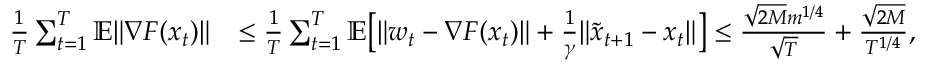
\begin{array} { r l } { \frac { 1 } { T } \sum _ { t = 1 } ^ { T } \mathbb { E } \| \nabla F ( x _ { t } ) \| } & { \leq \frac { 1 } { T } \sum _ { t = 1 } ^ { T } \mathbb { E } \big [ \| w _ { t } - \nabla F ( x _ { t } ) \| + \frac { 1 } { \gamma } \| \tilde { x } _ { t + 1 } - x _ { t } \| \big ] \leq \frac { \sqrt { 2 M } m ^ { 1 / 4 } } { \sqrt { T } } + \frac { \sqrt { 2 M } } { T ^ { 1 / 4 } } , } \end{array}